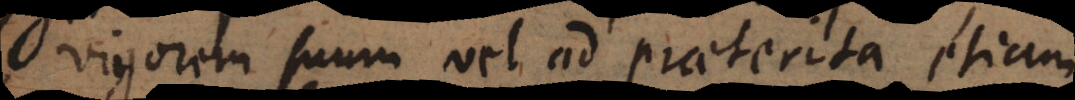
vigorem suum vel ad praeterita etiam